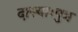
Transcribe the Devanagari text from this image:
दास्याःपुत्र